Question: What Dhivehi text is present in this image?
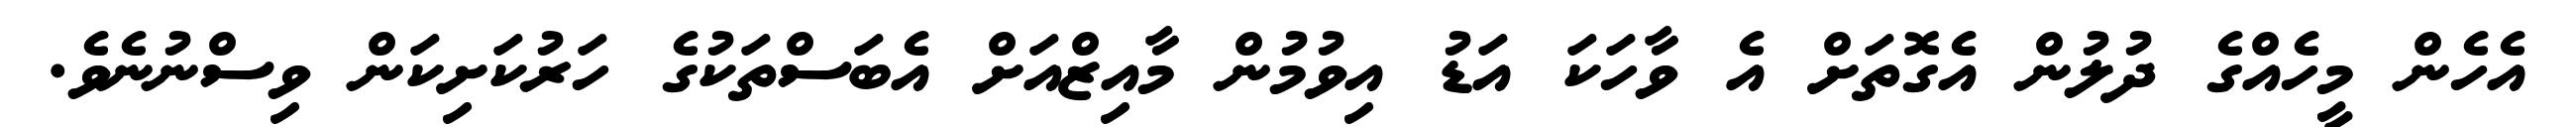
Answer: އެހެން މީހެއްގެ ދުލުން އެގޮތަށް އެ ވާހަކަ އަޑު އިވުމުން މާއިޒްއަށް އެބަސްތަކުގެ ހަރުކަށިކަން ވިސްނުނެވެ.